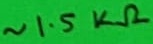
Text: ~1.5KΩ